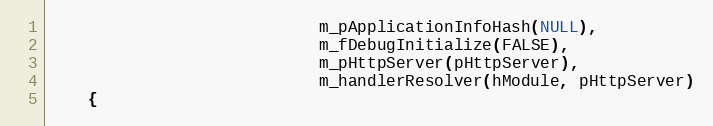
Language: C
                            m_pApplicationInfoHash(NULL),
                            m_fDebugInitialize(FALSE),
                            m_pHttpServer(pHttpServer),
                            m_handlerResolver(hModule, pHttpServer)
    {